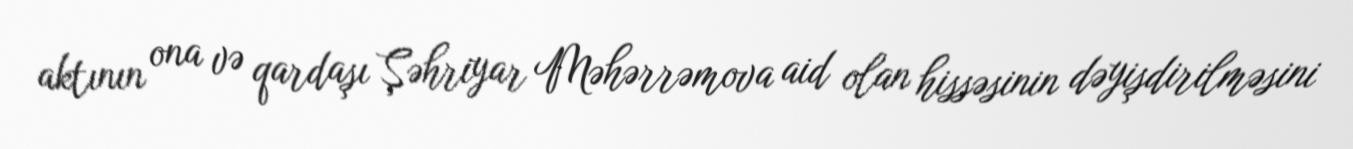
aktının ona və qardaşı Şəhriyar Məhərrəmova aid olan hissəsinin dəyişdirilməsini